system: You are a helpful assistant.
user:
Analyze the provided spectrum to determine if it is a **"Cataclysmic Variables (CV)"**.

- **Key Indicators for CV (Check for either state):**
    - **State 1: Quiescent / Low-State (Emission-Dominated)**
        - **(Primary):** Strong and *very broad* Hydrogen Balmer emission lines (e.g., $H\alpha$ at 6563 Å, $H\beta$ at 4861 Å). The 'broadness' (high velocity dispersion, often FWHM > 1000 km/s) is the key diagnostic, indicating a high-velocity accretion disk.
        - **(Secondary):** Broad neutral Helium (He I) emission lines (e.g., 5876 Å, 6678 Å).
        - **(Key Confirmation):** Presence of high-excitation *ionized* Helium (He II) emission at 4686 Å. This is a strong indicator of accretion onto a white dwarf.
        - **(Line Profile):** Emission lines may exhibit a 'double-peaked' profile, which is a classic signature of a rotating accretion disk viewed at high inclination.

    - **State 2: Outburst / High-State (Absorption-Dominated)**
        - **(Primary):** Spectrum is dominated by a bright, blue continuum (looks like a hot star).
        - **(Secondary):** The emission lines from State 1 are weak, absent, or 'filled in', and are replaced by broad, shallow *absorption* lines (primarily Balmer and He I).
        - **(Morphology):** The overall spectrum mimics a hot B/A-type star. The crucial difference is that the absorption lines are significantly broader, shallower, and more 'washed-out' (or 'smeared') than the sharp lines of a normal stellar photosphere, due to high rotational speeds and pressure broadening in the disk.

Think first, call **spectral_visualization_tool** if needed to examine features in detail, then provide your final answer. Your response must adhere to the following strict rules:
1.  **Overall Structure:** Your response must follow the format `<think>...</think> <tool_call>...</tool_call> (if a tool is used) <answer>...</answer>`.
2.  **Tool Usage Constraint:** You may only make **one** tool call per turn.
3.  **Final Answer Format:** In the `<answer>` tag, your conclusion must be inside a `\boxed{}` command (e.g., `\boxed{YES}`), followed by your justification.

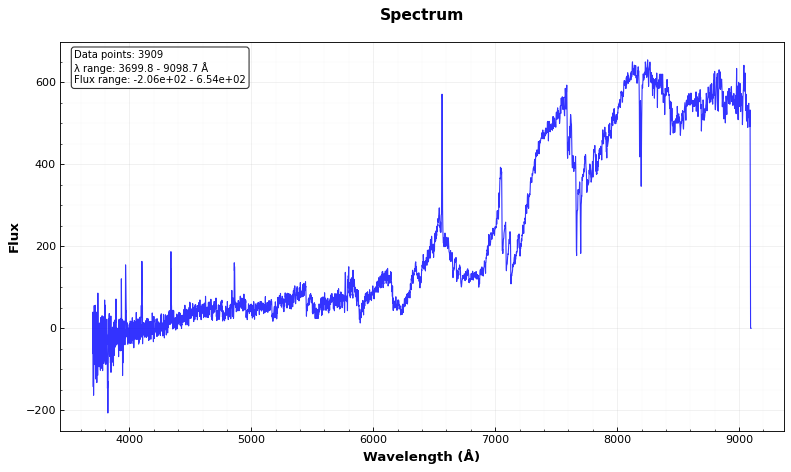
Answer: YES